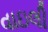
વાઇલી